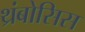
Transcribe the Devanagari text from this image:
थ्रंबोसिस